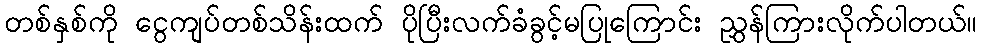
တစ်နှစ်ကို ငွေကျပ်တစ်သိန်းထက် ပိုပြီးလက်ခံခွင့်မပြုကြောင်း ညွှန်ကြားလိုက်ပါတယ်။